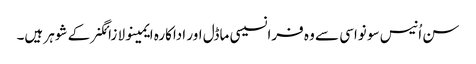
سن اُنیس سو نواسی سے وہ فرانسیسی ماڈل اور اداکارہ ایمینولا زائگنر کے شوہر ہیں۔